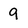
Character: 9